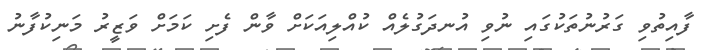
ފާއިތުވި ގަރުނުތަކުގައި ނުވި އުނދަގުލެއް ކުއްލިއަކަށް ވާން ފެށި ކަމަށް ވަޒީރު މަނިކުފާނު